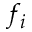
f _ { i }